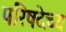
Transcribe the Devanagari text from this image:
परिषदेच्य